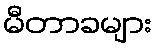
မီတာခများ